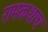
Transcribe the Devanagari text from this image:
रामकथाच